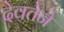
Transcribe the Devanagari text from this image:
देवतेने